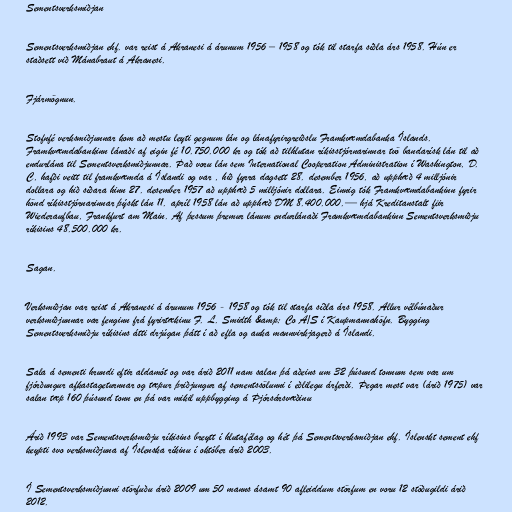
Sementsverksmiðjan

Sementsverksmiðjan ehf. var reist á Akranesi á árunum 1956 – 1958 og tók til starfa síðla árs 1958. Hún er
staðsett við Mánabraut á Akranesi.

Fjármögnun.

Stofnfé verksmiðjunnar kom að mestu leyti gegnum lán og lánafyrirgreiðslu Framkvæmdabanka Íslands.
Framkvæmdabankinn lánaði af eigin fé 10.750.000 kr og tók að tilhlutan ríkisstjórnarinnar tvö bandarísk lán til að
endurlána til Sementsverksmiðjunnar. Það voru lán sem International Cooperation Administration í Washington, D.
C, hafði veitt til framkvæmda á Íslandi og var , hið fyrra dagsett 28. desember 1956, að upphæð 4 milljónir
dollara og hið síðara hinn 27. desember 1957 að upphæð 5 milljónir dollara. Einnig tók Framkvæmdabankinn fyrir
hönd ríkisstjórnarinnar þýskt lán 11. apríl 1958 lán að upphæð DM 8.400.000.— hjá Kreditanstalt fiir
Wiederaufbau, Frankfurt am Main. Af þessum þremur lánum endurlánaði Framkvæmdabankinn Sementsverksmiðju
ríkisins 48.500.000 kr.

Sagan.

Verksmiðjan var reist á Akranesi á árunum 1956 - 1958 og tók til starfa síðla árs 1958. Allur vélbúnaður
verksmiðjunnar var fenginn frá fyrirtækinu F. L. Smidth &amp; Co A/S í Kaupmannahöfn. Bygging
Sementsverksmiðju ríkisins átti drjúgan þátt í að efla og auka mannvirkjagerð á Íslandi.

Sala á sementi hrundi eftir aldamót og var árið 2011 nam salan þá aðeins um 32 þúsund tonnum sem var um
fjórðungur afkastageturnnar og tæpur þriðjungur af sementssölunni í eðlilegu árferði. Þegar mest var (árið 1975) var
salan tæp 160 þúsund tonn en þá var mikil uppbygging á Þjórsársvæðinu

Árið 1993 var Sementsverksmiðju ríkisins breytt í hlutafélag og hét þá Sementsverksmiðjan ehf. Íslenskt sement ehf
keypti svo verksmiðjuna af Íslenska ríkinu í október árið 2003.

Í Sementsverksmiðjunni störfuðu árið 2009 um 50 manns ásamt 90 afleiddum störfum en voru 12 stöðugildi árið
2012.